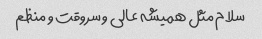
سلام مثل همیشه عالی و سروقت و منظم